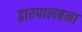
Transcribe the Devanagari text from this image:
द्वारपालबना